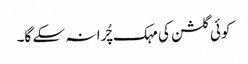
کوئی گلشن کی مہک چُرا نہ سکے گا۔